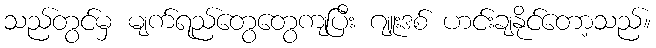
သည်တွင်မှ မျက်ရည်တွေတွေကျပြီး ဂျူးဒစ် ဟင်းချနိုင်တော့သည်။